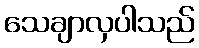
သေချာလှပါသည်